Source: Handwritten
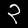
Digit: ၃ (3)